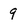
Character: 9